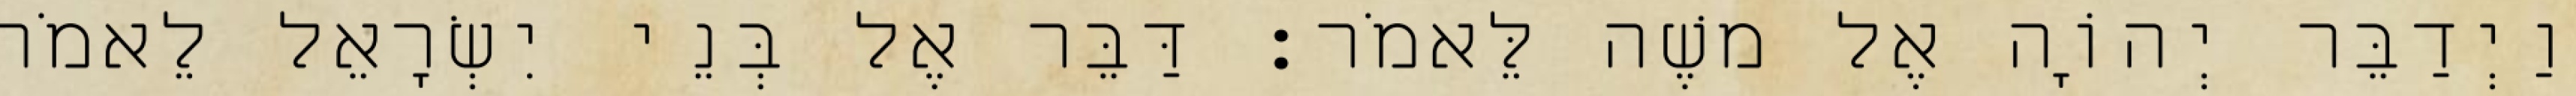
וַיְדַבֵּר יְהוָֹה אֶל משֶׁה לֵּאמֹר׃ דַּבֵּר אֶל בְּנֵי יִשְׂרָאֵל לֵאמֹר